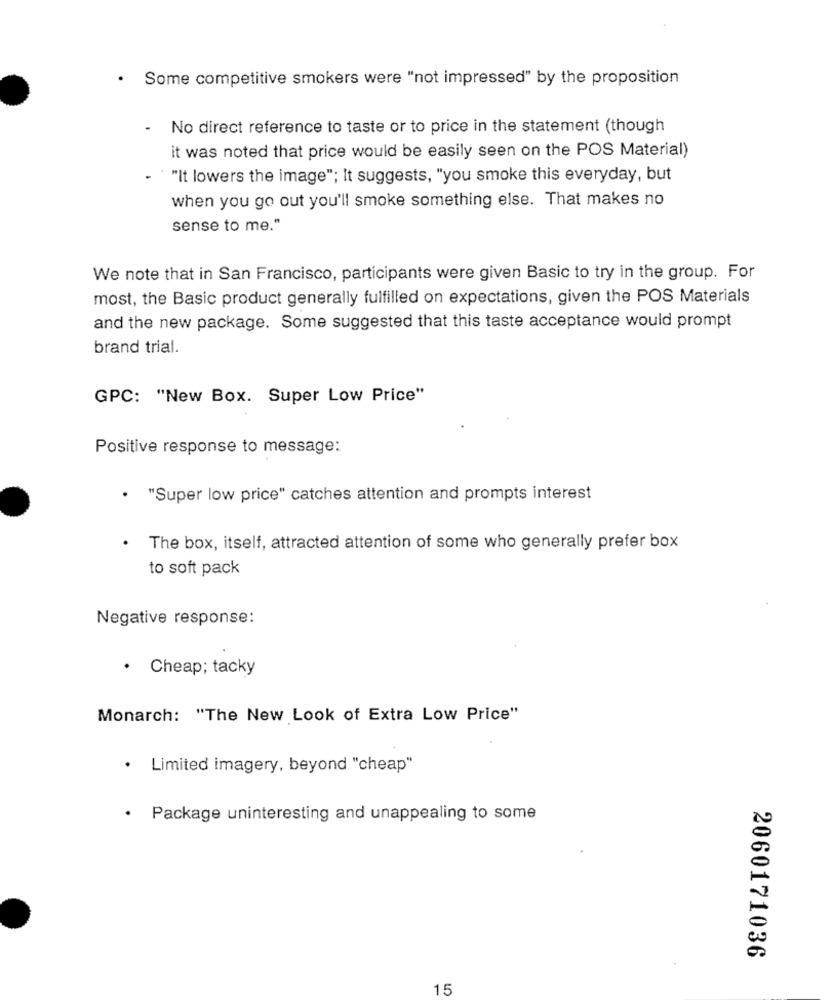
· Some competitive smokers were "not impressed" by the proposition
-
No direct reference to taste or to price in the statement (though
it was noted that price would be easily seen on the POS Material)
"It lowers the image"; It suggests, "you smoke this everyday, but
when you go out you'll smoke something else. That makes no
sense to me."
We note that in San Francisco, participants were given Basic to try in the group. For
most, the Basic product generally fulfilled on expectations, given the POS Materials
and the new package. Some suggested that this taste acceptance would prompt
brand trial.
GPC: "New Box. Super Low Price"
Positive response to message:
. "Super low price" catches attention and prompts interest
The box, itself, attracted attention of some who generally prefer box
to soft pack
Negative response:
· Cheap; tacky
Monarch: "The New Look of Extra Low Price"
· Limited imagery, beyond "cheap"
· Package uninteresting and unappealing to some
2060171036
15